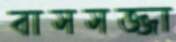
বাসসজ্জা